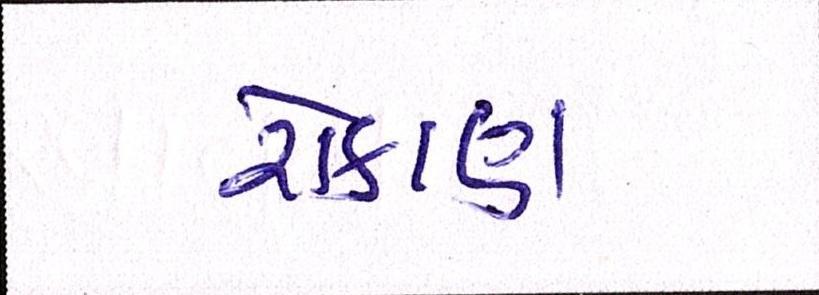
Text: રોકાણ